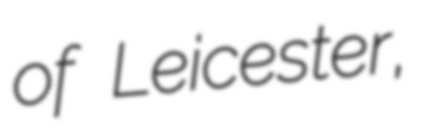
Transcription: of Leicester,